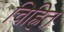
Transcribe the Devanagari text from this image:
चिह्रित